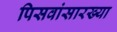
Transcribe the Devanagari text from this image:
पिसवांसारख्या